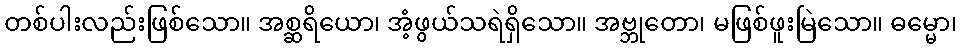
တစ်ပါးလည်းဖြစ်သော။ အစ္ဆရိယော၊ အံ့ဖွယ်သရဲရှိသော။ အဗ္ဘုတော၊ မဖြစ်ဖူးမြဲသော။ ဓမ္မော၊